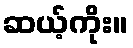
ဆယ့်ကိုး။